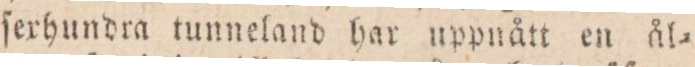
ſerhundra tunneland har uppnått en ål=